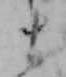
ま